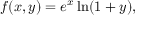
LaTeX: f ( x , y ) = e ^ { x } \ln ( 1 + y ) ,